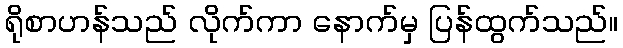
ရိုစာဟန်သည် လိုက်ကာ နောက်မှ ပြန်ထွက်သည်။